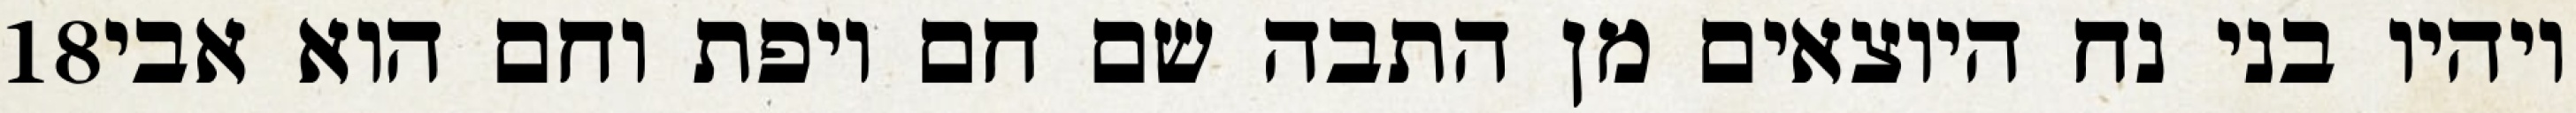
‎18‏ ויהיו בני נח היוצאים מן התבה שם חם ויפת וחם הוא אבי